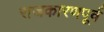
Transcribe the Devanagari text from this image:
राजकारणपूर्व